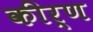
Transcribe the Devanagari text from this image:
कीर्ण